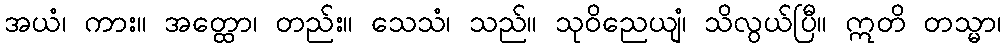
အယံ၊ ကား။ အတ္ထော၊ တည်း။ သေသံ၊ သည်။ သုဝိညေယျံ၊ သိလွယ်ပြီ။ ဣတိ တသ္မာ၊